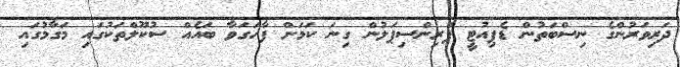
ދަރިވަރުންގެ ނިސްބަތުން ޑެޕިއުޓީ ޕްރިންސިޕަލުން ގިނަ ކަމަށް ފާހަގަވާ ބައެއް ސުކޫލްތަކުގައި މަގާމުގައި